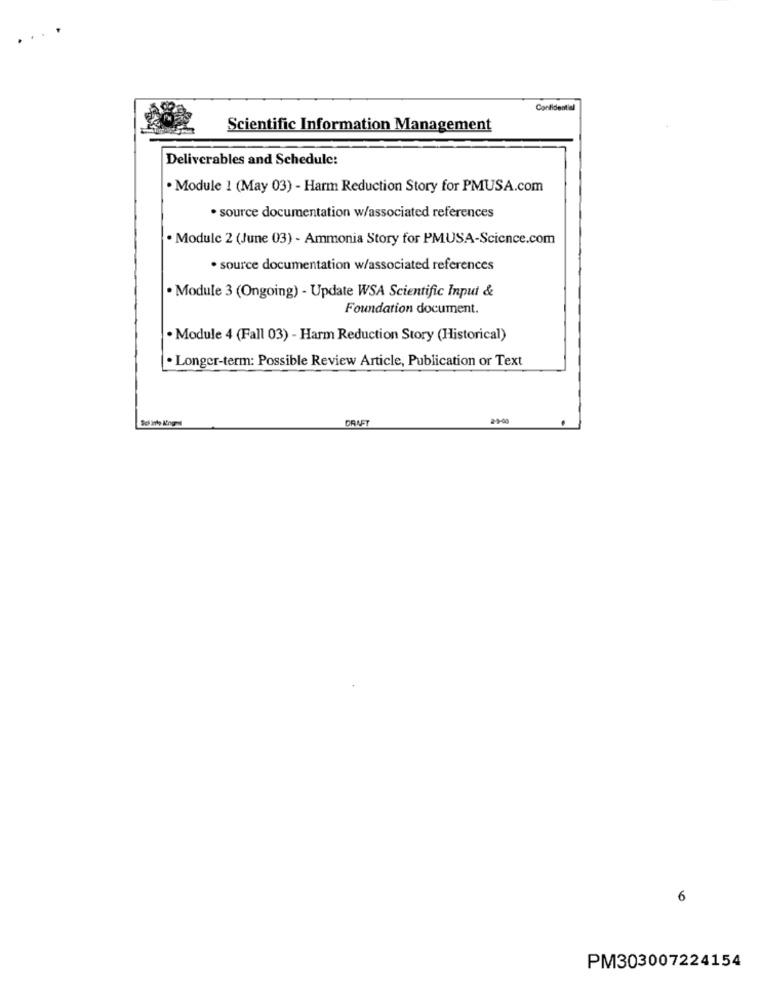
Confidential
Scientific Information Management
Deliverables and Schedule:
. Module 1 (May 03) - Harm Reduction Story for PMUSA.com
· source documentation w/associated references
. Module 2 (June 03) - Ammonia Story for PMUSA-Science.com
· source documentation w/associated references
· Module 3 (Ongoing) - Update WSA Scientific Input &
Foundation document.
. Module 4 (Fall 03) - Harm Reduction Story (Historical)
· Longer-term: Possible Review Article, Publication or Text
DRAFT
6
PM303007224154